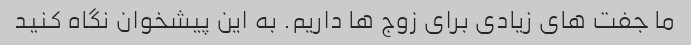
ما جفت های زیادی برای زوج ها داریم. به این پیشخوان نگاه کنید